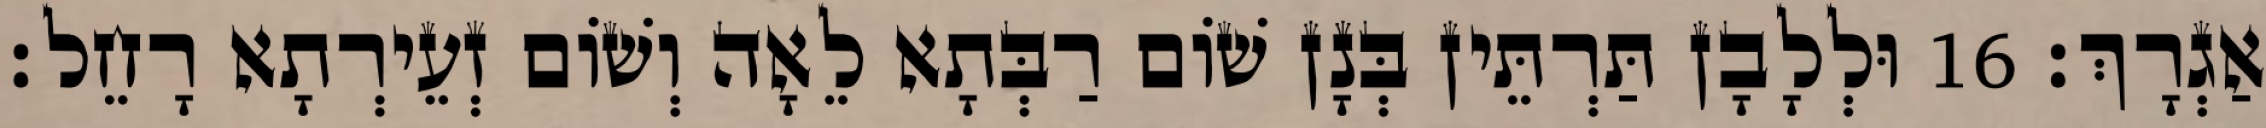
אַגְרָךְ׃ 16 וּלְלָבָן תַּרְתֵּין בְּנָן שׁוֹם רַבְּתָא לֵאָה וְשׁוֹם זְעֵירְתָא רָחֵל׃